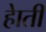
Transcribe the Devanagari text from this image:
हाेती